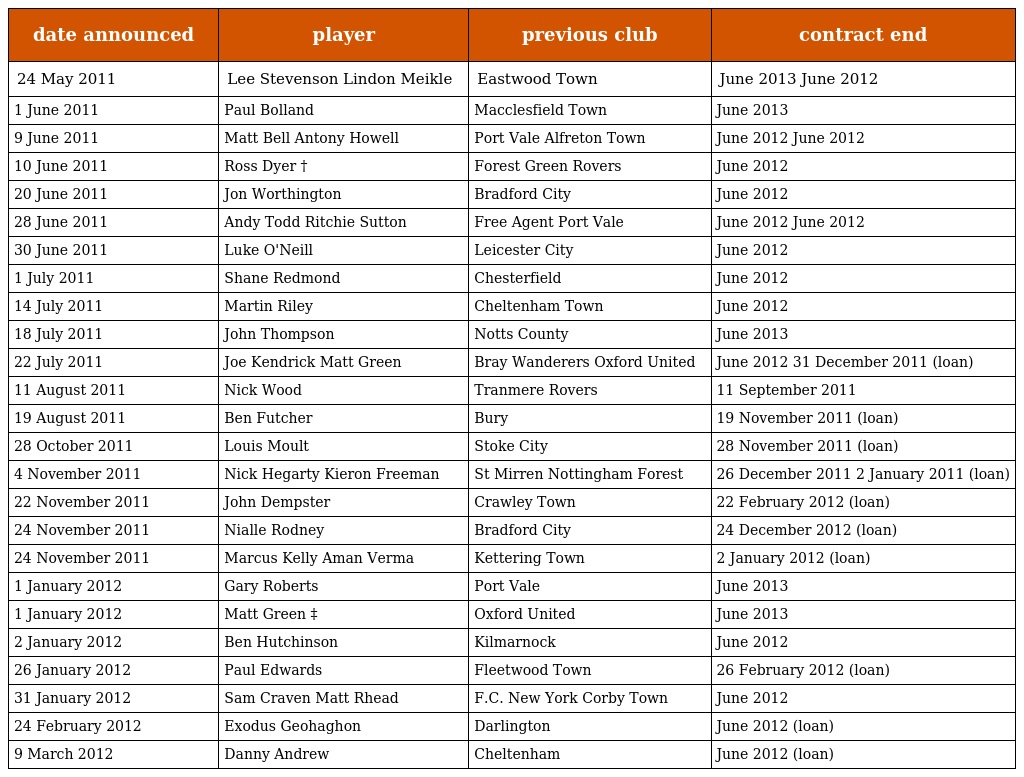
| date announced | player | previous club | contract end |
 | --- | --- | --- | --- |
 | 24 May 2011 | Lee Stevenson Lindon Meikle | Eastwood Town | June 2013 June 2012 |
 | 1 June 2011 | Paul Bolland | Macclesfield Town | June 2013 |
 | 9 June 2011 | Matt Bell Antony Howell | Port Vale Alfreton Town | June 2012 June 2012 |
 | 10 June 2011 | Ross Dyer † | Forest Green Rovers | June 2012 |
 | 20 June 2011 | Jon Worthington | Bradford City | June 2012 |
 | 28 June 2011 | Andy Todd Ritchie Sutton | Free Agent Port Vale | June 2012 June 2012 |
 | 30 June 2011 | Luke O'Neill | Leicester City | June 2012 |
 | 1 July 2011 | Shane Redmond | Chesterfield | June 2012 |
 | 14 July 2011 | Martin Riley | Cheltenham Town | June 2012 |
 | 18 July 2011 | John Thompson | Notts County | June 2013 |
 | 22 July 2011 | Joe Kendrick Matt Green | Bray Wanderers Oxford United | June 2012 31 December 2011 (loan) |
 | 11 August 2011 | Nick Wood | Tranmere Rovers | 11 September 2011 |
 | 19 August 2011 | Ben Futcher | Bury | 19 November 2011 (loan) |
 | 28 October 2011 | Louis Moult | Stoke City | 28 November 2011 (loan) |
 | 4 November 2011 | Nick Hegarty Kieron Freeman | St Mirren Nottingham Forest | 26 December 2011 2 January 2011 (loan) |
 | 22 November 2011 | John Dempster | Crawley Town | 22 February 2012 (loan) |
 | 24 November 2011 | Nialle Rodney | Bradford City | 24 December 2012 (loan) |
 | 24 November 2011 | Marcus Kelly Aman Verma | Kettering Town | 2 January 2012 (loan) |
 | 1 January 2012 | Gary Roberts | Port Vale | June 2013 |
 | 1 January 2012 | Matt Green ‡ | Oxford United | June 2013 |
 | 2 January 2012 | Ben Hutchinson | Kilmarnock | June 2012 |
 | 26 January 2012 | Paul Edwards | Fleetwood Town | 26 February 2012 (loan) |
 | 31 January 2012 | Sam Craven Matt Rhead | F.C. New York Corby Town | June 2012 |
 | 24 February 2012 | Exodus Geohaghon | Darlington | June 2012 (loan) |
 | 9 March 2012 | Danny Andrew | Cheltenham | June 2012 (loan) |